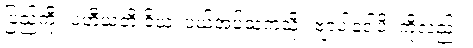
ပြည်ကို။ ပဟီယတိ ဝိယ၊ ပယ်အပ်သကဲ့သို့။ ဗျာပါဒေါပိ၊ ကိုလည်း။